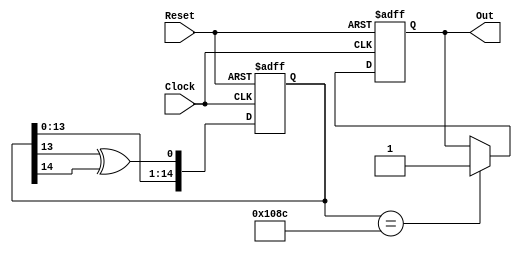
module LFSR25000(
input Clock,
input Reset,
output reg Out
);

// This module accepts 1 input plus a clock and returns 1
// on output after 25000 clock cycles have passed.

reg [14:0] LFSR;

always @(posedge Clock, negedge Reset) begin
	if(Reset==0) begin
		Out <= 0;
		LFSR <= 15'b111111111111111;
	end
	else begin
		LFSR[0] <= LFSR[13] ^ LFSR[14];
		LFSR[14:1] <= LFSR[13:0];
		if(LFSR==15'b001000010001100) Out <= 1;
	end
end

endmodule